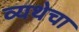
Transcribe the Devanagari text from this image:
व्यथेचा